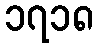
၁၇၁၈